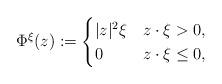
LaTeX: \begin{align*}\Phi^{\xi}(z):=\begin{cases}|z|^2\xi & z\cdot\xi>0,\\0 & z\cdot\xi\leq 0,\end{cases}\end{align*}